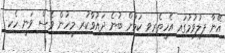
އޭނާ ފިލުވުމުގައި އެހީތެރިވި ކަމަށް ބުނެ ދައުވާކުރި މީހުން ވެސް ވަނީ ހެކި